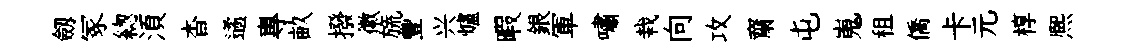
劔冢緫湏杳遹專畝撥徽旒豐兴爐暇銀軍嘯栽向攻齋屯嵬租僑卡元椁熈